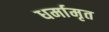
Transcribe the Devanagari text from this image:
धर्मामृत